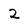
Character: 2